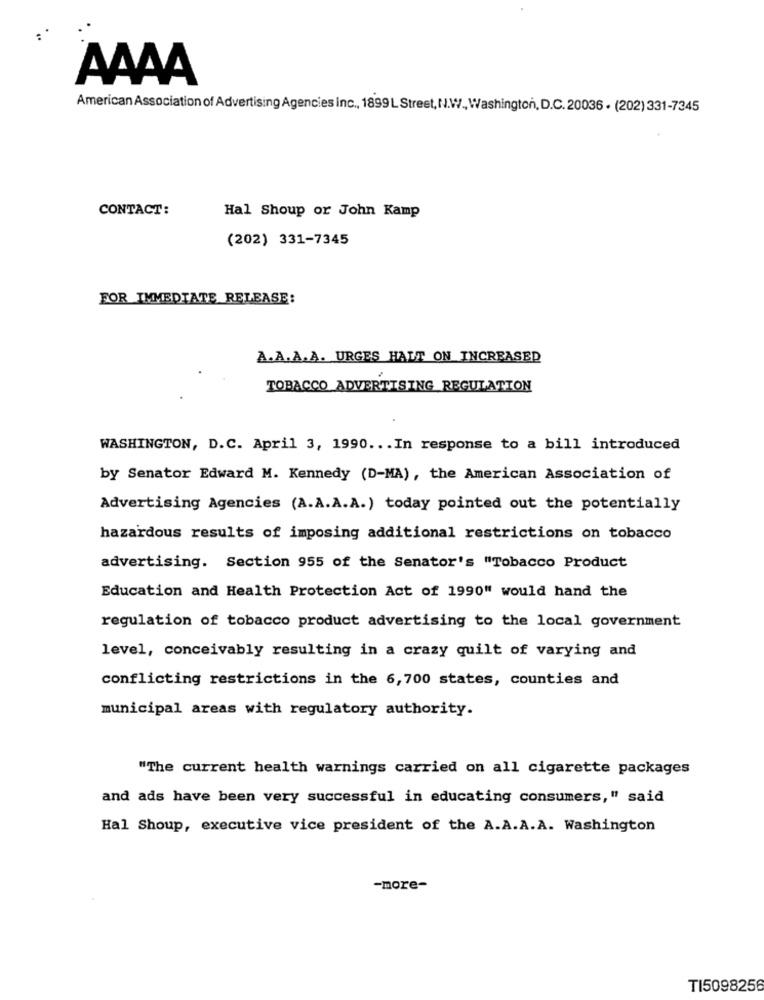
AAAA
American Association of Advertising Agencies inc ., 1899 L Street, N.W ., Washington, D.C. 20036 . (202) 331-7345
CONTACT:
Hal Shoup or John Kamp
(202) 331-7345
FOR IMMEDIATE RELEASE:
A.A.A.A. URGES HAUT ON INCREASED
TOBACCO ADVERTISING REGULATION
WASHINGTON, D.C. April 3, 1990 ... In response to a bill introduced
by Senator Edward M. Kennedy (D-MA), the American Association of
Advertising Agencies (A.A.A.A.) today pointed out the potentially
hazardous results of imposing additional restrictions on tobacco
advertising. Section 955 of the Senator's "Tobacco Product
Education and Health Protection Act of 1990" would hand the
regulation of tobacco product advertising to the local government
level, conceivably resulting in a crazy quilt of varying and
conflicting restrictions in the 6,700 states, counties and
municipal areas with regulatory authority.
"The current health warnings carried on all cigarette packages
and ads have been very successful in educating consumers," said
Hal Shoup, executive vice president of the A.A.A.A. Washington
-more-
TI5098256